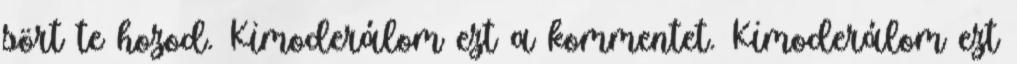
sört te hozod. Kimoderálom ezt a kommentet. Kimoderálom ezt